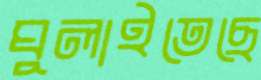
ঘুলাইতেছে